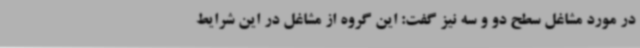
در مورد مشاغل سطح دو و سه نیز گفت: این گروه از مشاغل در این شرایط